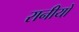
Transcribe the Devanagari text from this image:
रानीयों